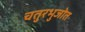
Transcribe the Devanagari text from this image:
चतुरभुजोत